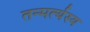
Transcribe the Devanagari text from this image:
तन्मर्त्यस्य